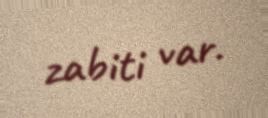
zabiti var.